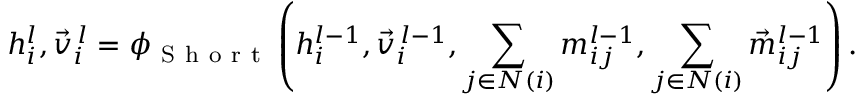
h _ { i } ^ { l } , \vec { v } _ { i } ^ { \, l } = \phi _ { \mathrm { ~ S ~ h ~ o ~ r ~ t ~ } } \left( h _ { i } ^ { l - 1 } , \vec { v } _ { i } ^ { \, l - 1 } , \sum _ { j \in N ( i ) } m _ { i j } ^ { l - 1 } , \sum _ { j \in N ( i ) } \vec { m } _ { i j } ^ { l - 1 } \right) .